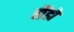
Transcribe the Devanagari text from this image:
सैंडो